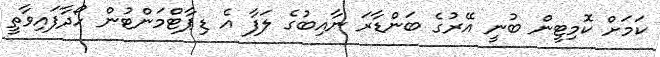
ކަމަށް ކޮމިޓީން ބުނީ އޭރުގެ ބަންޑާރަ ނާއިބުގެ ލަފާ އެ ޑިޕާޓްމަންޓުން ހޯދާފައިވާތީ